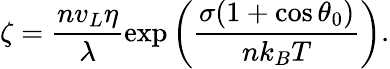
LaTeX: \zeta=\frac{nv_{L}\eta}{\lambda}\exp\left(\frac{\sigma(1+\cos\theta_{0})}{nk_{B}T}\right).